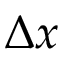
\Delta x